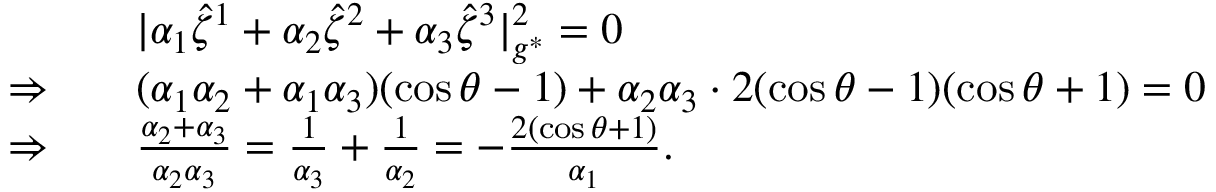
\begin{array} { r l } & { | \alpha _ { 1 } \hat { \zeta } ^ { 1 } + \alpha _ { 2 } \hat { \zeta } ^ { 2 } + \alpha _ { 3 } \hat { \zeta } ^ { 3 } | _ { g ^ { * } } ^ { 2 } = 0 } \\ { \Rightarrow \quad } & { ( \alpha _ { 1 } \alpha _ { 2 } + \alpha _ { 1 } \alpha _ { 3 } ) ( \cos \theta - 1 ) + \alpha _ { 2 } \alpha _ { 3 } \cdot 2 ( \cos \theta - 1 ) ( \cos \theta + 1 ) = 0 } \\ { \Rightarrow \quad } & { \frac { \alpha _ { 2 } + \alpha _ { 3 } } { \alpha _ { 2 } \alpha _ { 3 } } = \frac { 1 } { \alpha _ { 3 } } + \frac { 1 } { \alpha _ { 2 } } = - \frac { 2 ( \cos \theta + 1 ) } { \alpha _ { 1 } } . } \end{array}